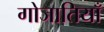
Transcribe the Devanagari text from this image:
गोजातियाँ